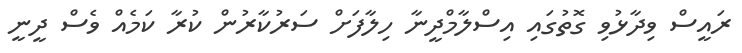
ރައީސް ވިދާޅުވި ގޮތުގައި އިސްލާމްދީނާ ހިލާފަށް ސަރުކާރުން ކުރާ ކަމެއް ވެސް ދީނީ